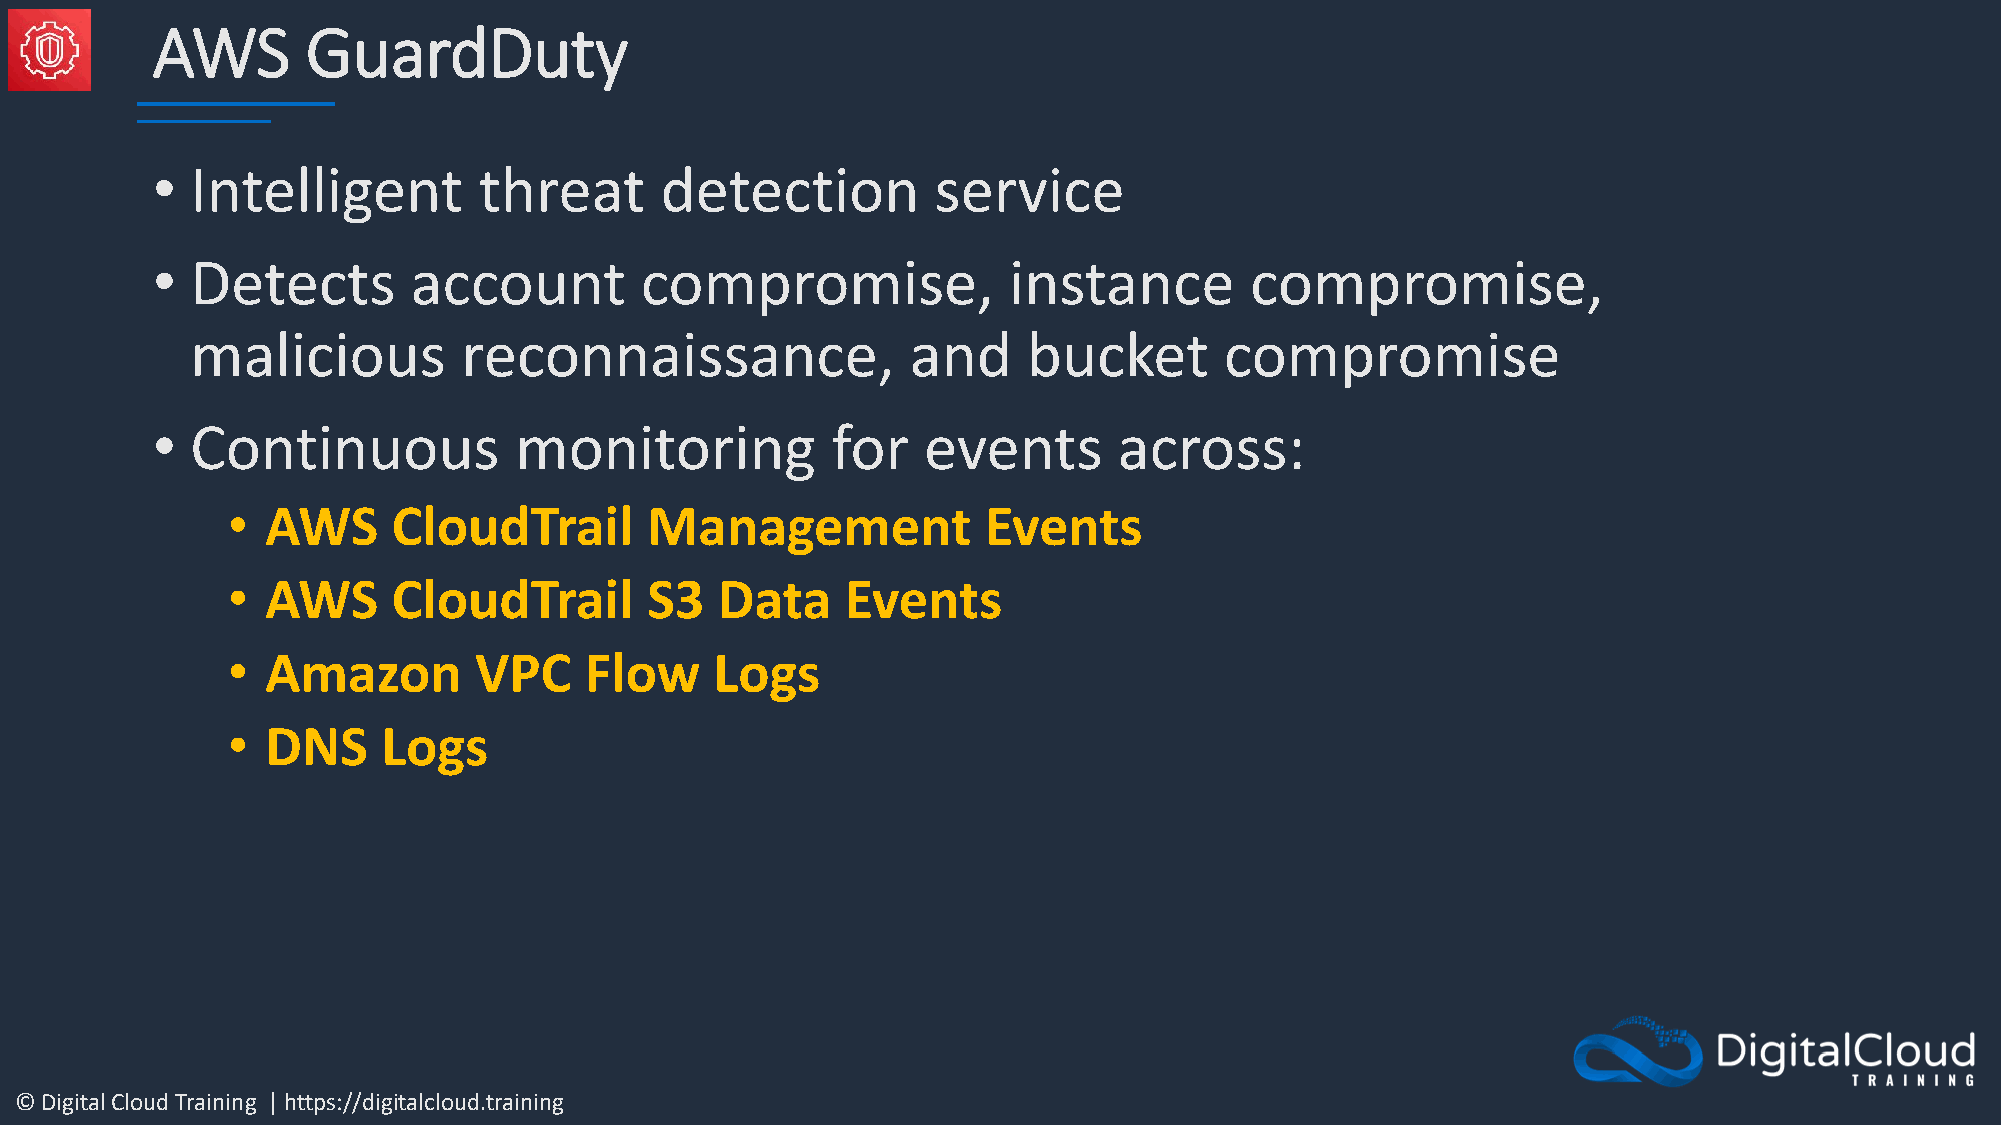
AWS       GuardDuty
 •  Intelligent        threat      detection         service
 •  Detects       account        compromise,              instance        compromise,
 malicious         reconnaissance,              and     bucket       compromise
 •  Continuous           monitoring           for   events       across:
 •  AWS     CloudTrail       Management            Events
 •  AWS     CloudTrail       S3  Data     Events
 •  Amazon       VPC     Flow    Logs
 •  DNS    Logs
 © Digital Cloud Training | https://digitalcloud.training